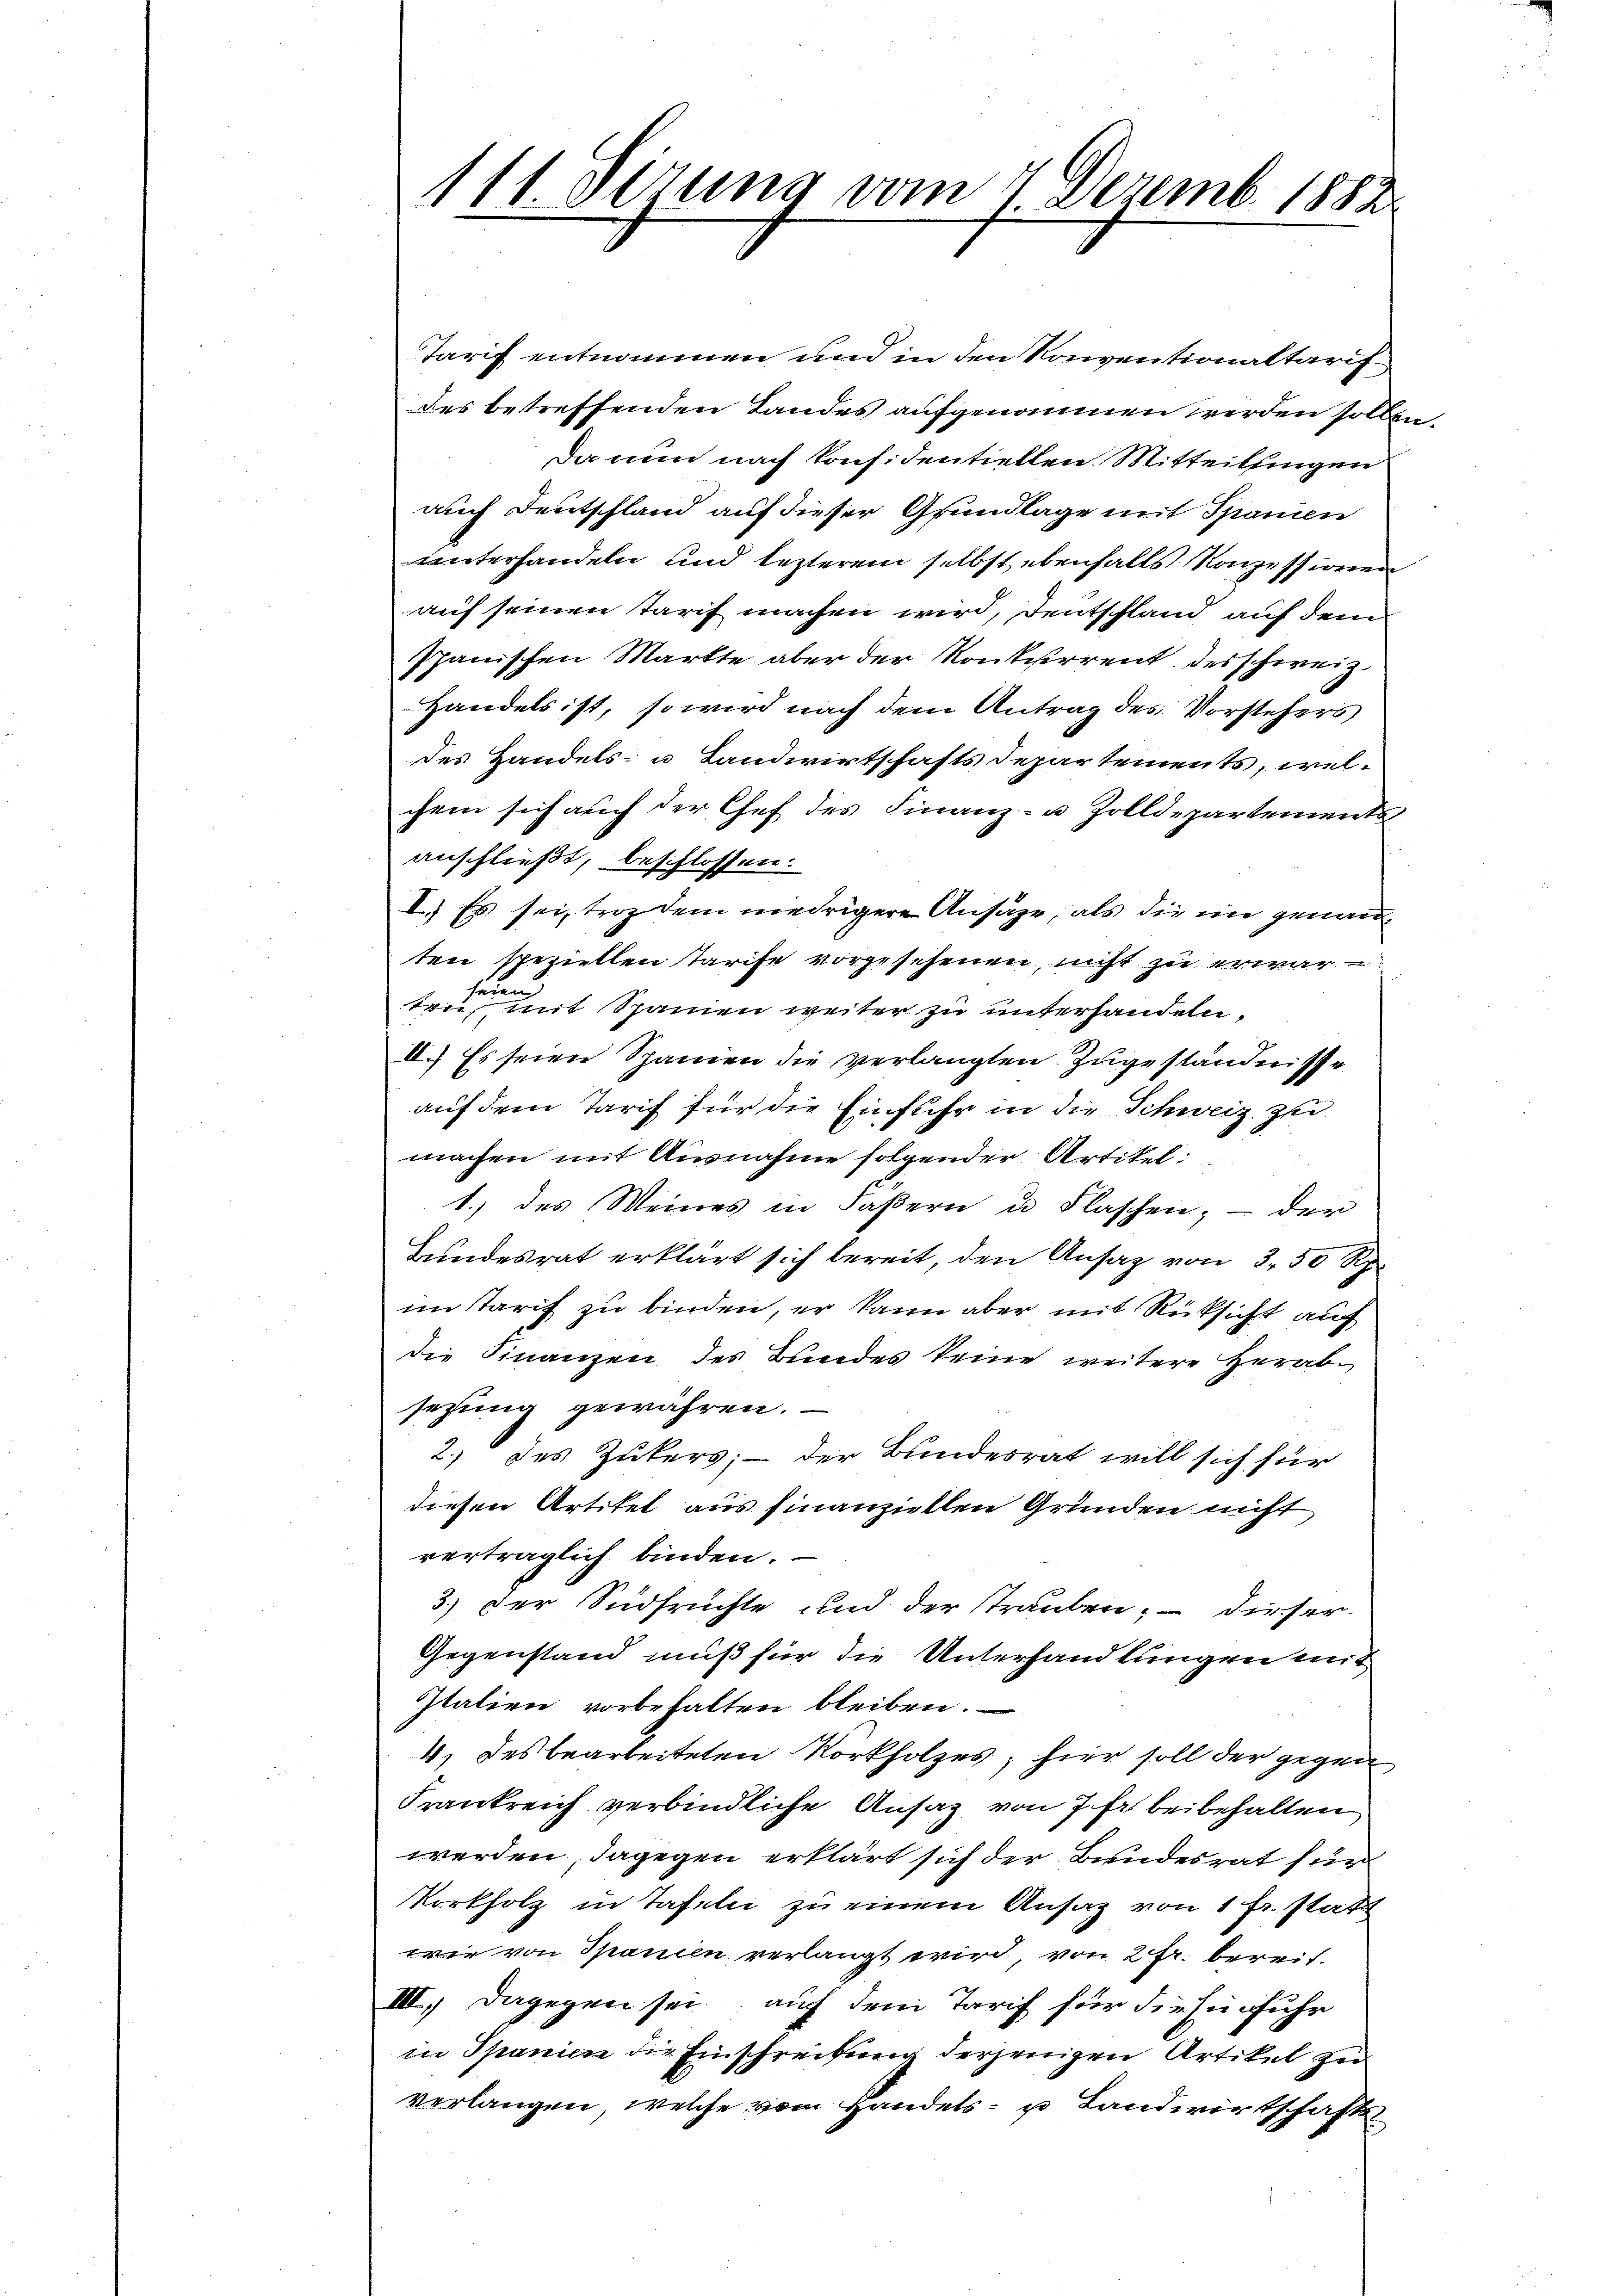
Tarif entnommen und in den Konventionaltarif
des betreffenden Landes aufgenommen werden sollen.
Da nun nach konfidentiellen Mitteilsingen
auch Deutschland auf dieser Grundlage mit Spanien
unterhandeln und lezteren selbst ebenfalls Konzessionen
auf seinen Tarif machen wird, Deutschland auf dem
Ipanischen Markte aber der Konkurrent des schweiz.
Handels ist, so wird nach dem Antrag des Vorstehers
des Handels- u Landwirtschafts Departements, welchem sich auch der Chef des Finanz- u Zolldepartements
anschließt, beschlossen:
I.) Es sei, troz dem niedrigere Ansäze, als die ein genannten speziellen Tarife vorgesehenen, nicht zu erwar
ten, mit Spanien weiter zu unterhandeln,
II.) Es seien Spanien die verlangten Zugeständnisse
auf dem Tarif für die Einfuhr in die Schweiz zu
machen mit Ausnahme folgender Artikel
1.) des Meines in Fäßern u Flaschen; — der
Bundesrat erklärt sich bereit, den Ansag von 3, 50 Rp.
im Tarif zu binden, er kann aber mit Rücksicht auf
die Finanzen des Bundes keine weitere Herabsezung gewähren.
2.) des Zukers; — der Bundesrat will sich für
diesen Artikel aus finanziellen Gründen nicht
verträglich binden.
3.) Der Südfrüchte und der Strauben, – dieser
Gegenstand muß für die Unterhandlungen mit
Italien vorbehalten bleiben.
4) des bearbeiteten Korkholzes, hier soll der gegen
Frankreich verbindliche Ansatz von 7 fr beibehalten
werden, dagegen erklärt sich der Bundesrat für
Korkholz in Tafeln zu einem Ansaz von 1 Fr. statt
wie von Spanien verlangt wird von 2fr. bereit-
III, dagegen sei, auf dem Tarif für diese Fuhr
in Spanien die Einschreibung derjenigen Artikel zu
verlangen, welche vom Handels- u Landwirtschafts

111. Jezung vom 4. Dezemb. 1882